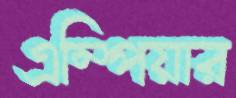
এম্পিয়ার